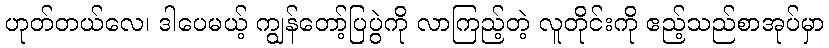
ဟုတ်တယ်လေ၊ ဒါပေမယ့် ကျွန်တော့်ပြပွဲကို လာကြည့်တဲ့ လူတိုင်းကို ဧည့်သည်စာအုပ်မှာ